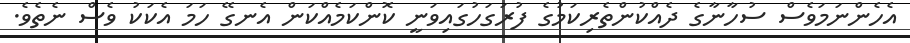
އެހެންނަމަވެސް ސުހާނާގެ ދެއްކުންތެރިކަމުގެ ފުރަގަހުގައިވަނީ ކޮންކަމެއްކަން އެނގޭ ހަމަ އެކަކު ވެސް ނެތެވެ.